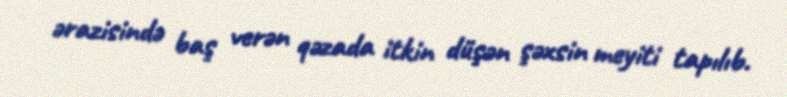
ərazisində baş verən qəzada itkin düşən şəxsin meyiti tapılıb.